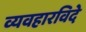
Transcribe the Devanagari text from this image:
व्यवहारविदे